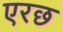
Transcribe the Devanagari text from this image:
एरछ